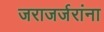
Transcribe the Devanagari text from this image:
जराजर्जरांना